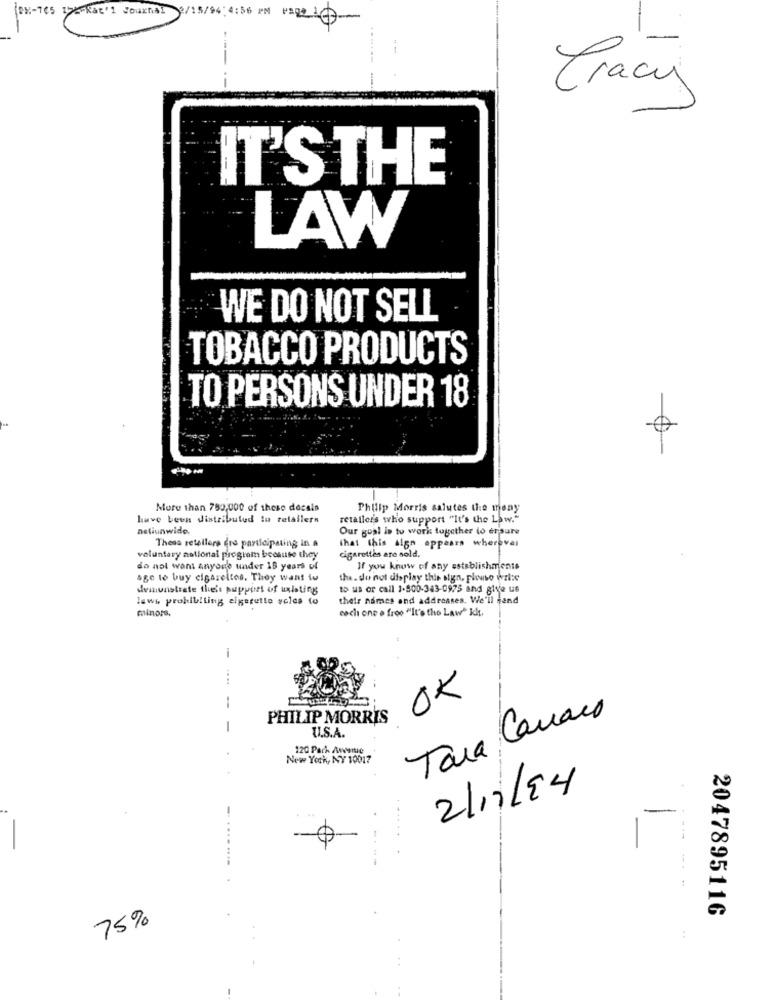
BM-765 155-kat'1 Journal 2/15/94:4:56 Pm
Tracy
IT'S THE
LAW
WE DO NOT SELL
TOBACCO PRODUCTS
TO PERSONS UNDER 18
0
More than 780,000 of these decals
Philip Morris salutes the meny
have been distributed lu retailers
retailer's who support "It's the Law."
neliunwido.
Our goal is to work together to ensure
These retellers fre participating in a
that this algo appears wherever
voluntary national program because they
cigarettes are sold.
do not want anyone under 15 years of
If you know of any establishments
age to buy cigarettes. They want tu
the. do not display this sign, plouso wile
demonstrate the's support of ulling
to us or call 1-800-343-0975 and give us
lewi prokdibiling eigefette volds to
their names and addresses. We'll send
minors.
each one o free "It's the Law" klt.
...
--
OK
PHILIP MORRIS
Tara Cavaco
-
U.S.A.
120 Pach Amwie
New York, No 10017
2/11/94
--
2047895116
75%